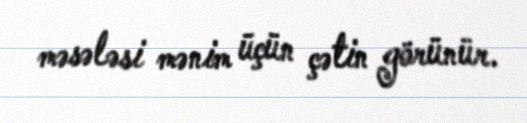
məsələsi mənim üçün çətin görünür.